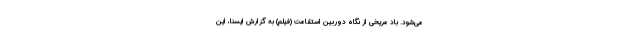
می‌شود. باد مریخی از نگاه دوربین استقامت (فیلم) به گزارش ایسنا، این